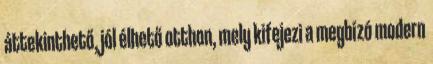
áttekinthető, jól élhető otthon, mely kifejezi a megbízó modern